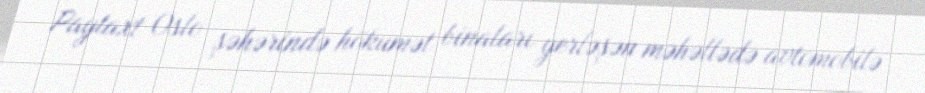
Paytaxt Oslo şəhərində hökumət binaları yerləşən məhəllədə avtomobilə